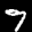
Label: 7